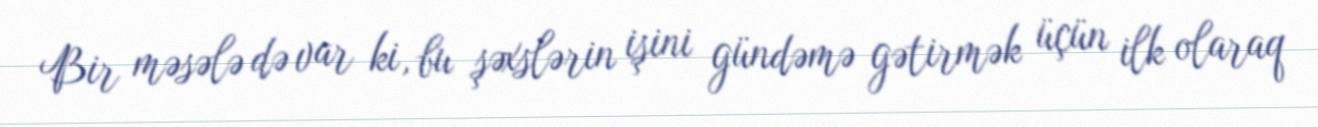
Bir məsələ də var ki, bu şəxslərin işini gündəmə gətirmək üçün ilk olaraq